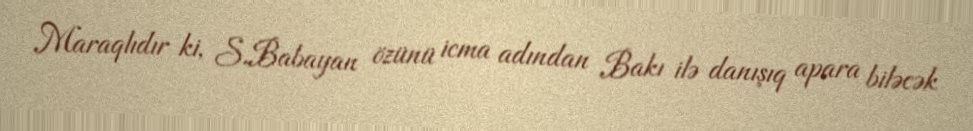
Maraqlıdır ki, S.Babayan özünü icma adından Bakı ilə danışıq apara biləcək